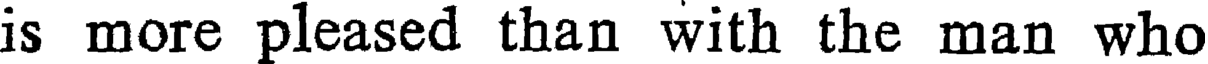
is more pleased than with the man who